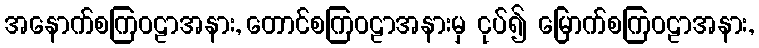
အနောက်စကြဝဠာအနား, တောင်စကြဝဠာအနားမှ ငုပ်၍ မြောက်စကြဝဠာအနား,